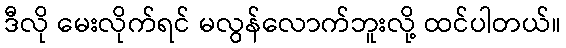
ဒီလို မေးလိုက်ရင် မလွန်လောက်ဘူးလို့ ထင်ပါတယ်။